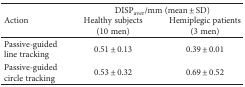
| <ROWSPAN=2> Action | <COLSPAN=2> DISPaver/mm (mean ± SD) |
 | Healthy subjects (10 men) | Hemiplegic patients (3 men) |
 | --- | --- | --- |
 | Passive-guided line tracking | 0.51 ± 0.13 | 0.39 ± 0.01 |
 | Passive-guided circle tracking | 0.53 ± 0.32 | 0.69 ± 0.52 |